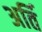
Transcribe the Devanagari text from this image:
अर्ति